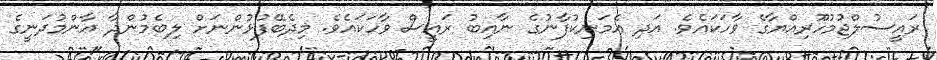
ރައީސުލްޖުމުހޫރިއްޔާގެ ވާހަކައެވެ. އަދި އެމަނިކުފާނުގެ ނާއިބު ރައީސް ވާހަކައެވެ. މިދެބޭފުޅުންނަށް ލިބެމުންދާ ޢާންމުދަނީގެ